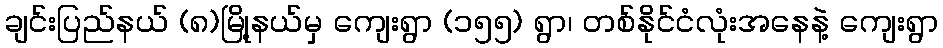
ချင်းပြည်နယ် (၈)မြို့နယ်မှ ကျေးရွာ (၁၅၅) ရွာ၊ တစ်နိုင်ငံလုံးအနေနဲ့ ကျေးရွာ